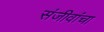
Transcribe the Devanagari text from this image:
संजीवांचा